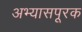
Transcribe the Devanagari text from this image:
अभ्यासपूरक